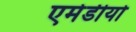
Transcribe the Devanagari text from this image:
एमेडीयो